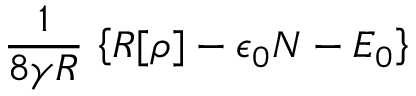
\frac { 1 } { 8 \gamma R } \, \left\{ R [ \rho ] - \epsilon _ { 0 } { \cal N } - E _ { 0 } \right\}